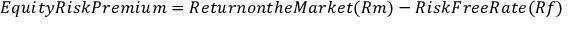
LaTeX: E q u i t y R i s k P r e m i u m = R e t u r n o n t h e M a r k e t ( R m ) - R i s k F r e e R a t e ( R f )